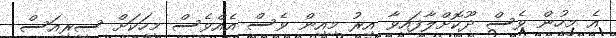
އެ މީހުން ވެސް ދޫކޮށްލާފައިވާ އިރު މިއިން ވެސް އެއްވެސް މީހަކަށް ސީރިއަސް